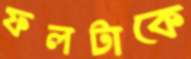
ফলটাকে